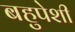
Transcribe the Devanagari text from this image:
बहुपेशी